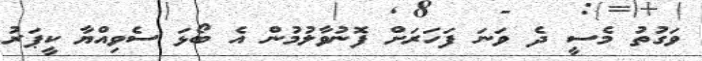
ވަގުތު މެސީ ދެ ވަނަ ފަހަރަށް ފޮނުވާލުމުން އެ ބޯޅަ ސެވިއްޔާ ކީޕަރު